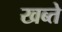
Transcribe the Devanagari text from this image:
खब्ते